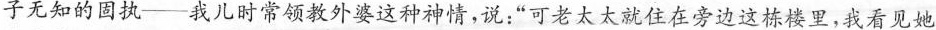
子无知的固执——我儿时常领教外婆这种神情，说：“可老太太就住在旁边这栋楼里，我看见她